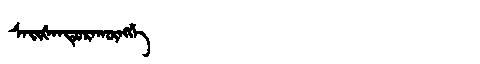
Manchu: ᠰᠠᡳᡧᠠᠨᡩᡠᡵᠠᡴᡡᠩᡤᡝ
Romanization: SAIŠANDURAKŪNGGE